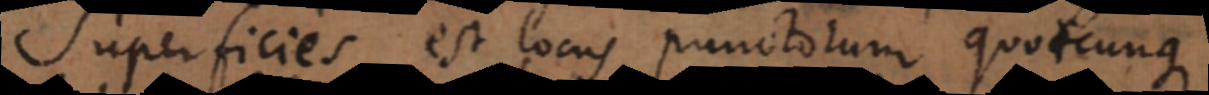
Superficies est locus punctorum quotcunque